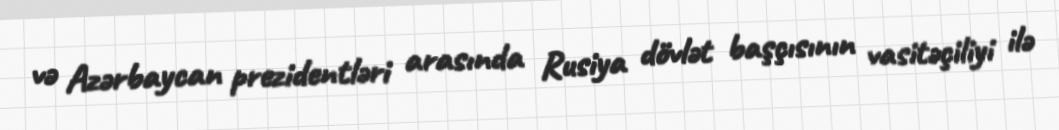
və Azərbaycan prezidentləri arasında Rusiya dövlət başçısının vasitəçiliyi ilə